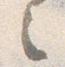
之